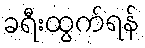
ခရီးထွက်ရန်